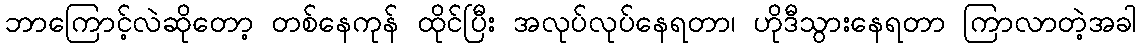
ဘာကြောင့်လဲဆိုတော့ တစ်နေကုန် ထိုင်ပြီး အလုပ်လုပ်နေရတာ၊ ဟိုဒီသွားနေရတာ ကြာလာတဲ့အခါ